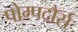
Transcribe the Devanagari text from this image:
पोम्पदौर्स